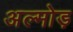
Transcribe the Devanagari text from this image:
अल्मोड़